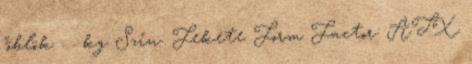
"öblök . . kg Szín: Fekete Form Factor: ATX